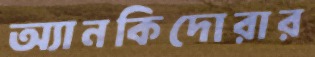
অ্যানকিদোরার